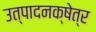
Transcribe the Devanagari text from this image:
उत्पादनक्षेत्र